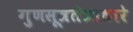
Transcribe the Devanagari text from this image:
गुणसूत्रतंत्राधारे